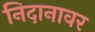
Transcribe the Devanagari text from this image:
निदानावर